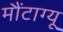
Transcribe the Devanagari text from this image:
मौंटाग्यू